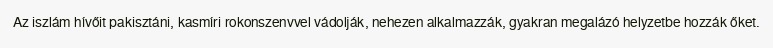
Az iszlám hívőit pakisztáni, kasmíri rokonszenvvel vádolják, nehezen alkalmazzák, gyakran megalázó helyzetbe hozzák őket.